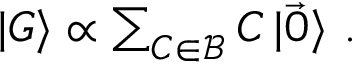
\begin{array} { r } { \mathinner { | { G } \rangle } \propto \sum _ { C \in \mathcal { B } } C \mathinner { | { \vec { 0 } } \rangle } \, . } \end{array}